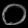
Digit: ၀